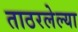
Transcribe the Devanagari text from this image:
ताठरलेल्या